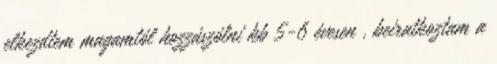
elkezdtem magamtól hozzászólni kb 5-6 évesen , beiratkoztam a